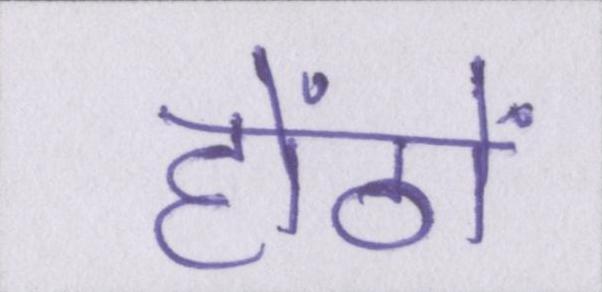
होंठों